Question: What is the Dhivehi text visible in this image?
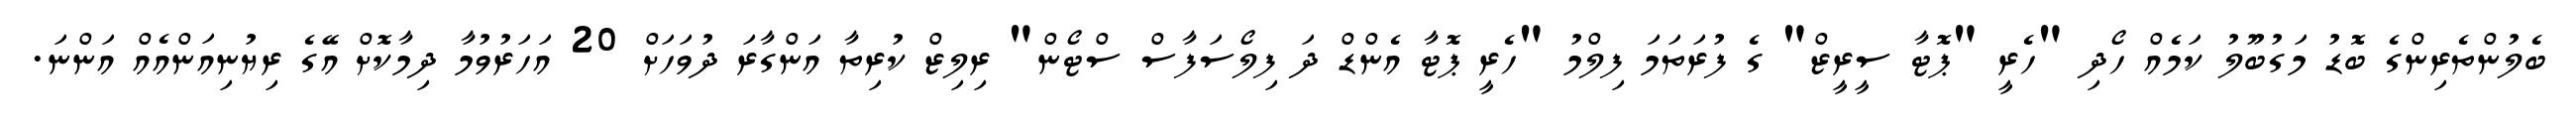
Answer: ބެލުންތެރިންގެ ބޮޑު މަގުބޫލު ކަމެއް ހޯދި "ހެރީ "ޕޮޓާ ސީރީޒް" ގެ ފުރަތަމަ ފިލްމު "ހެރީ ޕޮޓާ އެންޑް ދަ ފިލޯސަފާސް ސްޓޯން" ރިލިޒް ކުރިތާ އަންގާރަ ދުވަހަށް 20 އަހަރުވުމާ ދިމާކޮށް އޭގެ ރިޔުނިއަންއެއް އަންނަ.